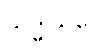
သဒ္ဓါယပေ